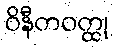
ဝိနီတဝတ္ထု